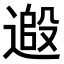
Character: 𨕵